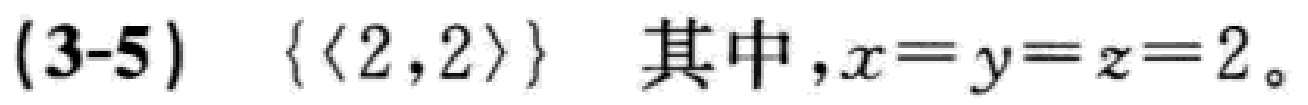
$(3 - 5)\quad\{\langle 2,2\rangle\}\quad 其中,x = y = z = 2。$